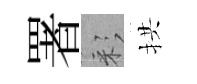
署彩拱